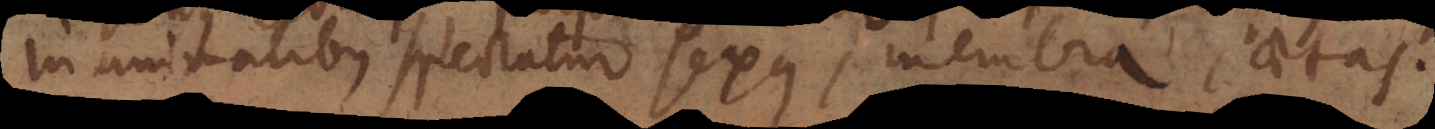
In animalibus spectatur sexus, membra, aetas.